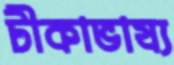
টীকাভাষ্য